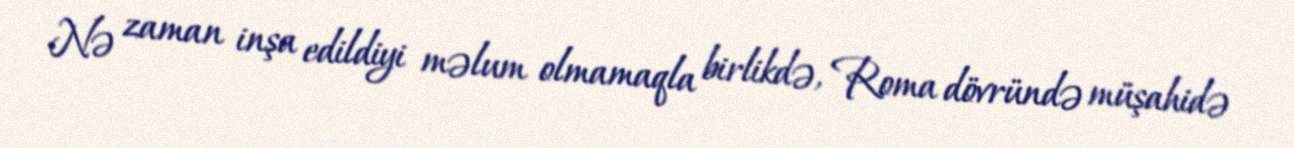
Nə zaman inşa edildiyi məlum olmamaqla birlikdə, Roma dövründə müşahidə